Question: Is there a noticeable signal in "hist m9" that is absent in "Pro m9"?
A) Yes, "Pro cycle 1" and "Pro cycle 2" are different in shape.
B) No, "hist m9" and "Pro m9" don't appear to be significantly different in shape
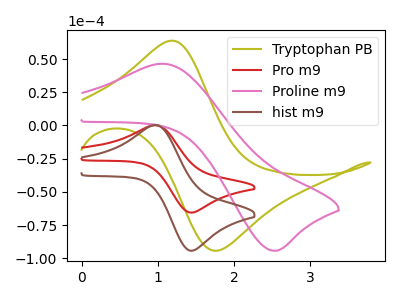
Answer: <think>The olive curve "Tryptophan PB" has an anodic peak at (1.20V, 63.85uA) and a cathodic peak at (1.80V, -94.20uA). The red curve "Pro m9" has an anodic peak at (0.95V, 0.25uA) and a cathodic peak at (1.45V, -65.60uA). The pink curve "Proline m9" has an anodic peak at (1.05V, 46.50uA) and a cathodic peak at (2.50V, -94.35uA). The brown curve "hist m9" has an anodic peak at (0.95V, 0.35uA) and a cathodic peak at (1.45V, -94.30uA).
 All the peaks in "hist m9" have a peak in "Pro m9" at the same potential. Every peak in "hist m9" is higher than every peak in "Pro m9".</think>
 <answer>B) No, "hist m9" and "Pro m9" don't appear to be significantly different in shape</answer>
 <eval>B</eval>